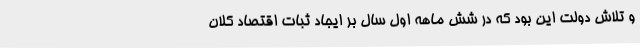
و تلاش دولت این بود که در شش ماهه اول سال بر ایجاد ثبات اقتصاد کلان